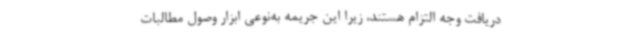
دریافت وجه التزام هستند، زیرا این جریمه به‌نوعی ابزار وصول مطالبات